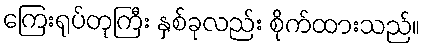
ကြေးရုပ်တုကြီး နှစ်ခုလည်း စိုက်ထားသည်။